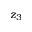
z _ { 3 }